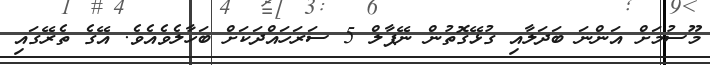
މޫސުމަަށް އަންނަ ބަދަލާއި ގުޅޭގޮތުން ނޭޕާލް 5 ސަރަހައްދަކަށް ބަހާލެވެއެވެ. އޭގެ ތެރޭގައި